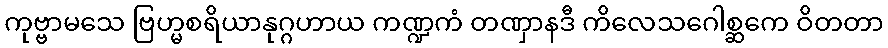
ကုဗ္ဗာမသေ ဗြဟ္မစရိယာနုဂ္ဂဟာယ ကဏ္ဍကံ တဏှာနဒီ ကိလေသဂေါစ္ဆကေ ဝိတတာ